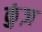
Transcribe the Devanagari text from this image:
कुंज़